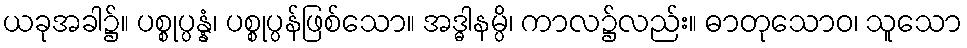
ယခုအခါ၌။ ပစ္စုပ္ပန္နံ၊ ပစ္စုပ္ပန်ဖြစ်သော။ အဒ္ဓါနမ္ပိ၊ ကာလ၌လည်း။ ဓာတုသောဝ၊ သူသော